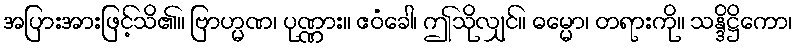
အပြားအားဖြင့်သိ၏။ ဗြာဟ္မဏ၊ ပုဏ္ဏား။ ဧဝံခေါ၊ ဤသိုလျှင်။ ဓမ္မော၊ တရားကို။ သန္ဒိဋ္ဌိကော၊